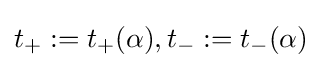
t_{+}:=t_{+}(\alpha ),t_{-}:=t_{-}(\alpha )